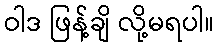
ဝါဒ ဖြန့်ချိ လို့မရပါ။